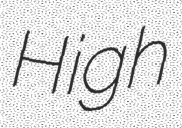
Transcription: High